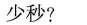
少秒？